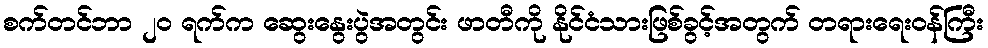
စက်တင်ဘာ ၂၀ ရက်က ဆွေးနွေးပွဲအတွင်း ဖာတီကို နိုင်ငံသားဖြစ်ခွင့်အတွက် တရားရေးဝန်ကြီး